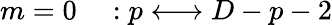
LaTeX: m=0\quad:p\longleftrightarrow D-p-2